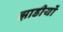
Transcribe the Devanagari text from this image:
झाडीयों